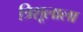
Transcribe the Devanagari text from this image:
त्रिशूलाला